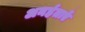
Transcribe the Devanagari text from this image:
अनर्हताएँ